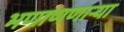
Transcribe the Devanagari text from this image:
भणाणणार्‍या